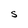
Character: S